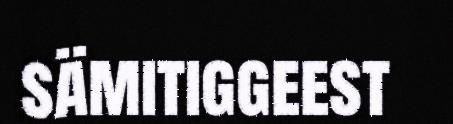
sämitiggeest